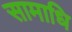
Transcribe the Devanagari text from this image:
सामाधि